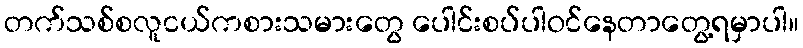
တက်သစ်စလူငယ်ကစားသမားတွေ ပေါင်းစပ်ပါဝင်နေတာတွေ့ရမှာပါ။